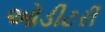
ઓડીટરી